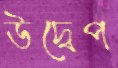
উদ্বেপ